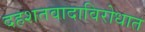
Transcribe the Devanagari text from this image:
दहशतवादाविरोधात